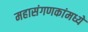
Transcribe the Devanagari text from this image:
महासंगणकांमध्ये